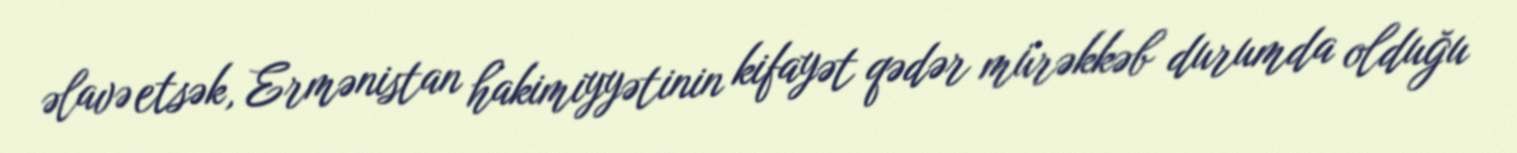
əlavə etsək, Ermənistan hakimiyyətinin kifayət qədər mürəkkəb durumda olduğu